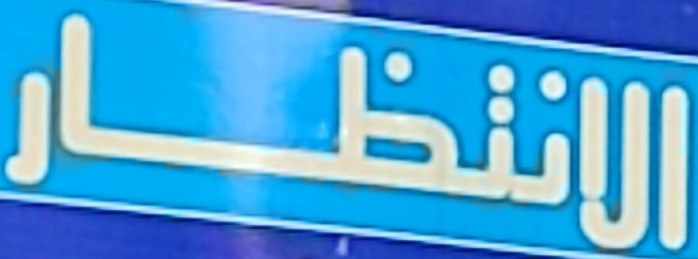
الانتظار